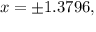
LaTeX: x = \pm 1 . 3 7 9 6 ,